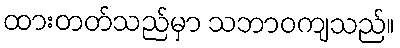
ထားတတ်သည်မှာ သဘာဝကျသည်။